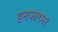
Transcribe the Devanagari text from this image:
इनफारमर